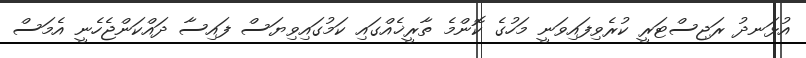
އުޅަނދު ރަޖިސްޓަރީ ކުރެވިފައިވަނީ މަހުގެ ކޮންމެ ތާރީޚެއްގައި ކަމުގައިވިޔަސް ފައިސާ ދައްކަންޖެހެނީ އެމަސް